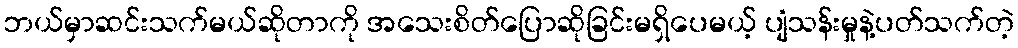
ဘယ်မှာဆင်းသက်မယ်ဆိုတာကို အသေးစိတ်ပြောဆိုခြင်းမရှိပေမယ့် ပျံသန်းမှုနဲ့ပတ်သက်တဲ့